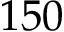
1 5 0